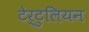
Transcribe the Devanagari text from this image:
टेर्टुलियन